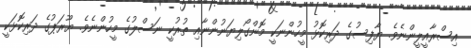
އިސްރާއީލީންނެވެ. ޔާފިސުގެ ދަރިކޮޅު މީހުންނަކީ މޮންގޯލިޔަނުންނާއި ތުރުކީ ނަސްލުގެ މީހުންނެވެ. ޔޫރަޕުގެ ދަރިކޮޅަކީ